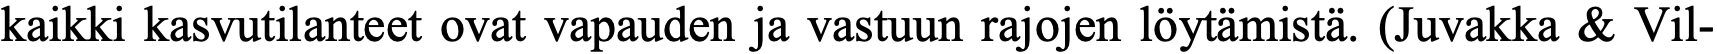
kaikki kasvutilanteet ovat vapauden ja vastuun rajojen löytämistä. (Juvakka & Vil-